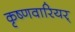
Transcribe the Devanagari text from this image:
कृष्णवारियर्